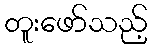
တူးဖော်သည့်